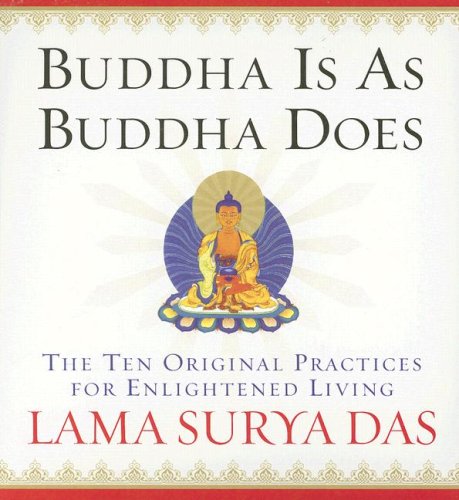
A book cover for Buddha is As Buddha Does: The Ten Original Practices for Enlightened Living; Lama Surya Das; Religion & Spirituality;